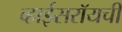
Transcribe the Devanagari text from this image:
व्हाईसरॉयची